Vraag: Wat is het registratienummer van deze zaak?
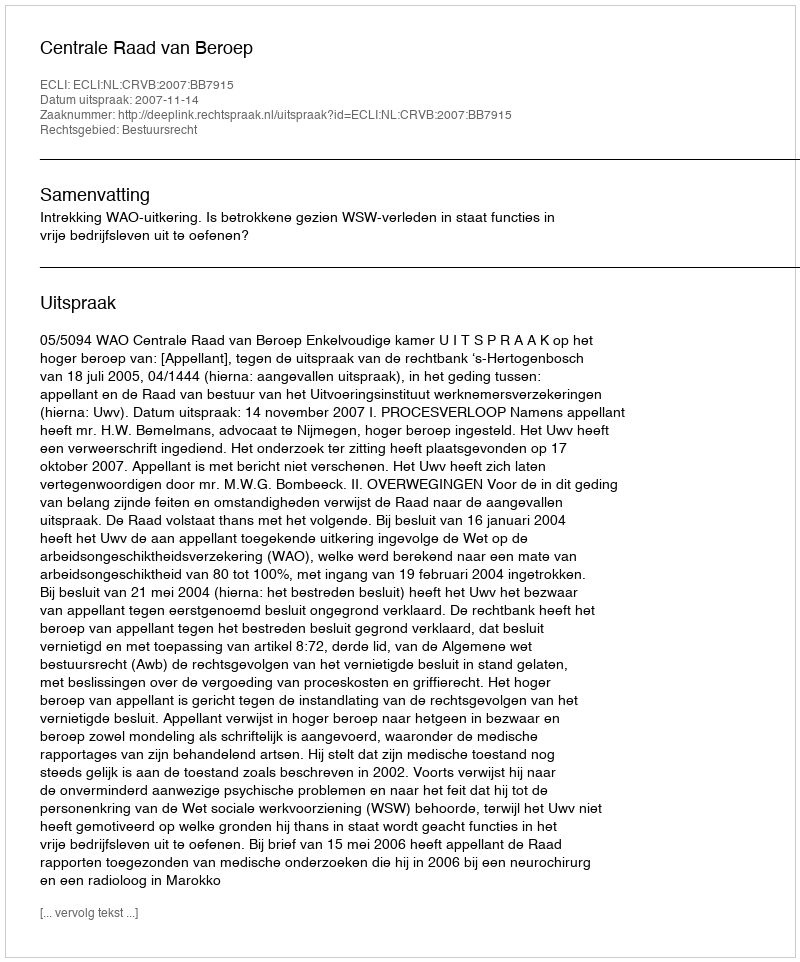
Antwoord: http://deeplink.rechtspraak.nl/uitspraak?id=ECLI:NL:CRVB:2007:BB7915